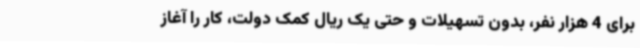
برای 4 هزار نفر، بدون تسهیلات و حتی یک ریال کمک دولت، کار را آغاز